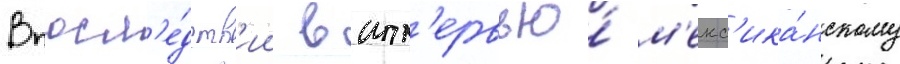
Впосл'е́дств'ии в инт'ервью́ м'екс'ика́нскому